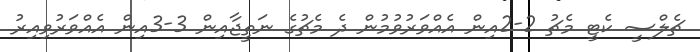
ޗެލްސީ ކެޓީ މެޗު 2-2އިން އެއްވަރުވުމުން ދެ މެޗުގެ ނަތީޖާއިން 3-3އިން އެއްވަރުވިއިރު